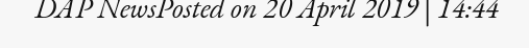
DAP NewsPosted on 20 April 2019 | 14:44